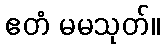
ဧတံ မမသုတ်။